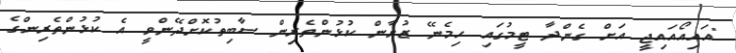
"އައިއޯއައިޖީ އަށް ގެންދާ ޓީމުގައި ހިމެނޭ ޒުވާން ކުޅުންތެރިން ސާބިތުކޮށްދޭންވީ އެ ކުޅުންތެރިންގެ